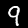
Digit: 9